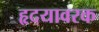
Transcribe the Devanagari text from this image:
हृदयावरक